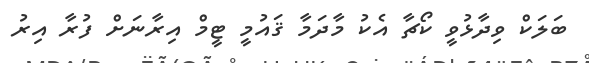
ބަލަކް ވިދާޅުވީ ކޯޗާ އެކު މާދަމާ ޤައުމީ ޓީމް އިރާނަށް ފުރާ އިރު